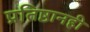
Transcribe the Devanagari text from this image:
प्रतिष्ठानही